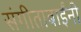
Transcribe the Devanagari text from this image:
संगीताबाईंनी